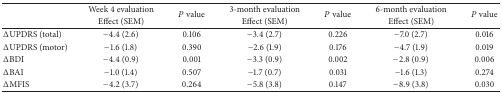
<table><thead><tr><td><b> </b></td><td><b>Week 4 evaluation</b></td><td rowspan="2"><b><i>P</i> value</b></td><td><b>3-month evaluation</b></td><td rowspan="2"><b><i>P</i> value</b></td><td><b>6-month evaluation</b></td><td rowspan="2"><b><i>P</i> value</b></td></tr><tr><td><b> </b></td><td><b>Effect (SEM)</b></td><td><b>Effect (SEM)</b></td><td><b>Effect (SEM)</b></td></tr></thead><tbody><tr><td>ΔUPDRS (total)</td><td>−4.4 (2.6)</td><td>0.106</td><td>−3.4 (2.7)</td><td>0.226</td><td>−7.0 (2.7)</td><td>0.016</td></tr><tr><td>ΔUPDRS (motor)</td><td>−1.6 (1.8)</td><td>0.390</td><td>−2.6 (1.9)</td><td>0.176</td><td>−4.7 (1.9)</td><td>0.019</td></tr><tr><td>ΔBDI</td><td>−4.4 (0.9)</td><td>0.001</td><td>−3.3 (0.9)</td><td>0.002</td><td>−2.8 (0.9)</td><td>0.006</td></tr><tr><td>ΔBAI</td><td>−1.0 (1.4)</td><td>0.507</td><td>−1.7 (0.7)</td><td>0.031</td><td>−1.6 (1.3)</td><td>0.274</td></tr><tr><td>ΔMFIS</td><td>−4.2 (3.7)</td><td>0.264</td><td>−5.8 (3.8)</td><td>0.147</td><td>−8.9 (3.8)</td><td>0.030</td></tr></tbody></table>